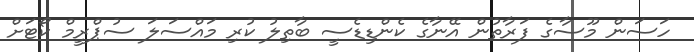
ހަސަން މޫސާގެ ފަރާތުން އޭނާގެ ކެންޑިޑެސީ ބާތިލު ކުރި މައްސަލަ ސުޕްރީމް ކޯޓަށް